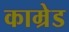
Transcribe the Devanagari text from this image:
काम्रेड